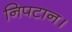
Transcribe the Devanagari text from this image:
निपटान।